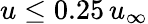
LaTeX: u\leq 0.25\, u_{\infty}